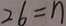
2 6 = n